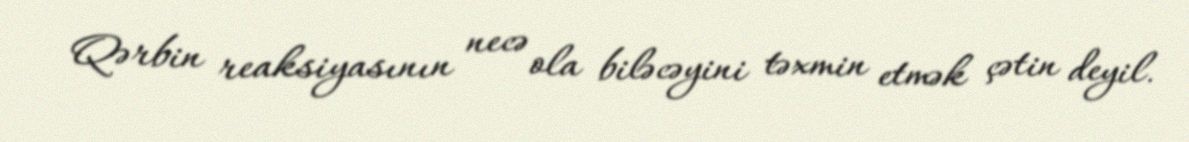
Qərbin reaksiyasının necə ola biləcəyini təxmin etmək çətin deyil.